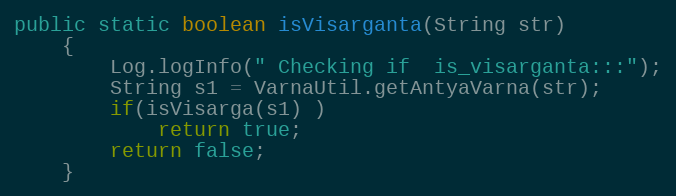
Language: Java
public static boolean isVisarganta(String str)
	{
		Log.logInfo(" Checking if  is_visarganta:::");
		String s1 = VarnaUtil.getAntyaVarna(str);
		if(isVisarga(s1) )
			return true;
		return false;
	}